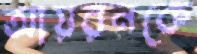
আয়রনকে